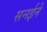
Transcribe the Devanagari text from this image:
सनईने